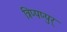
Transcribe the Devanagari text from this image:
त्रिप्पप्पुर्